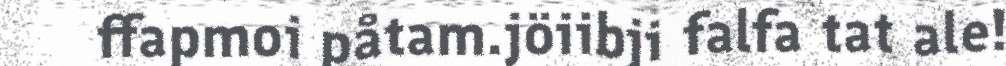
ffapmoi påtam.jöiibji falfa tat ale!